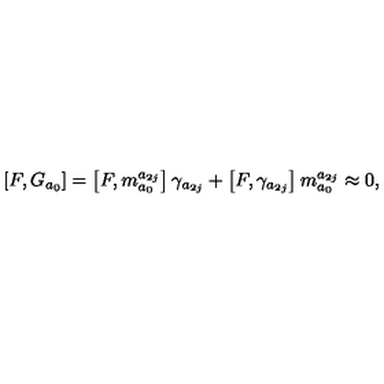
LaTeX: \left[ F , G _ { a _ { 0 } } \right] = \left[ F , m _ { a _ { 0 } } ^ { a _ { 2 j } } \right] \gamma _ { a _ { 2 j } } + \left[ F , \gamma _ { a _ { 2 j } } \right] m _ { a _ { 0 } } ^ { a _ { 2 j } } \approx 0 ,